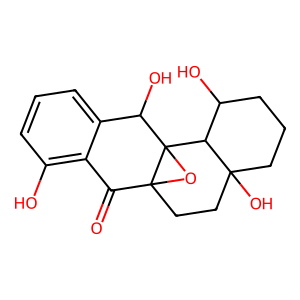
SMILES: O=C1c2c(O)cccc2C(O)C23OC12CCC1(O)CCCC(O)C13
Inhibits HIV replication: No